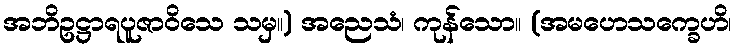
အဘိဥဋ္ဌာရပူဇာဝိသေ သမှ။) အညေသံ၊ ကုန်သော။ (အမဟေသက္ခေဟိ၊